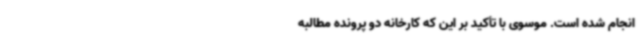
انجام شده است. موسوی با تأکید بر این که کارخانه دو پرونده مطالبه